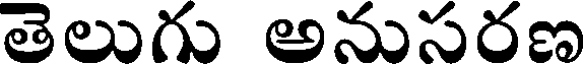
తెలుగు అనుసరణ